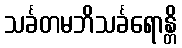
သင်္ခတမဘိသင်္ခရောန္တိ